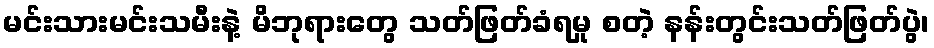
မင်းသားမင်းသမီးနဲ့ မိဘုရားတွေ သတ်ဖြတ်ခံရမှု စတဲ့ နန်းတွင်းသတ်ဖြတ်ပွဲ၊